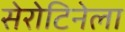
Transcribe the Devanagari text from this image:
सेरोटिनेला